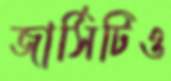
জার্সিটিও